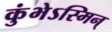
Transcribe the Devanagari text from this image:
कुंभेऽस्मिन्